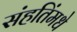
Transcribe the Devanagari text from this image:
संहतिंमधे